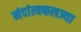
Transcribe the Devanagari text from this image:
मंदांत्यफलज्या